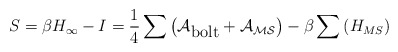
\begin{align*}S = \beta H_\infty - I = \frac{1}{4}\sum\left(\cal{A}_{\mbox{bolt}}+\cal{A}_{{MS}}\right) -\beta\sum\left(H_{{MS}}\right)\end{align*}